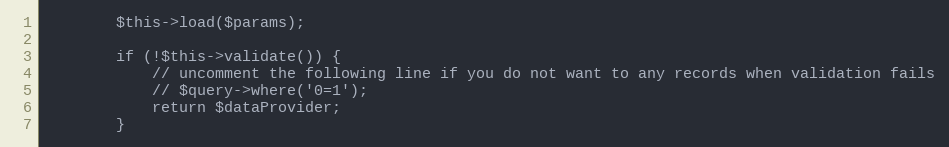
Language: PHP
        $this->load($params);

        if (!$this->validate()) {
            // uncomment the following line if you do not want to any records when validation fails
            // $query->where('0=1');
            return $dataProvider;
        }